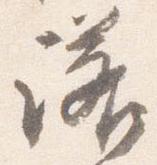
諾